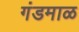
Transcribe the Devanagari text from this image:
गंडमाळ